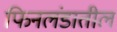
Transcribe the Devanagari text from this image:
फिनलंडातील